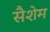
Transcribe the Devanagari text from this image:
सैशेम